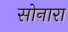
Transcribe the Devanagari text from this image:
सोनारा